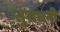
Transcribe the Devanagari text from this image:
सुराधनी